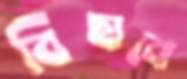
বিছানো